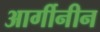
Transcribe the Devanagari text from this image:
आर्गीनीन